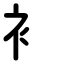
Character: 衤